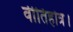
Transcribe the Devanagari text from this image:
वीतिहोत्र।